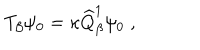
LaTeX: T _ { \beta } \psi _ { 0 } = \kappa \widehat { Q } _ { \beta } ^ { 1 } \psi _ { 0 } \; ,